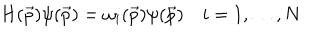
LaTeX: H ( \vec { p } ) \psi ( \vec { p } ) = \omega _ { i } ( \vec { p } ) \psi ( \vec { p } ) \quad i = 1 , \ldots , N